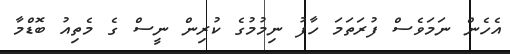
އެހެން ނަމަވެސް ފުރަތަމަ ހާފު ނިމުމުގެ ކުރިން ނީސް ގެ މެތިއު ބޮޑްމާ